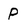
Character: P